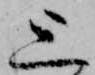
上